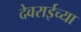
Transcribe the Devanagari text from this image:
देवराईच्या